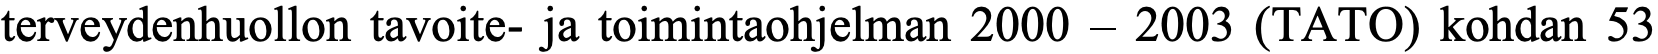
terveydenhuollon tavoite- ja toimintaohjelman 2000 – 2003 (TATO) kohdan 53